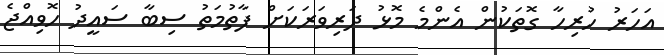
އަހަރު ހުރިހާ ގޮތަކުން އެންމެ މޮޅު ދަރިވަރަކަށް ފާތުމަތު ސިބާ ސައީދު ހޮވިއްޖެ